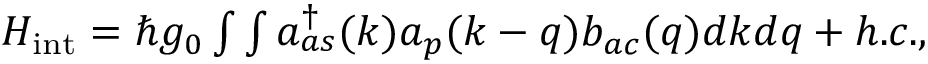
\begin{array} { r } { H _ { \mathrm { i n t } } = \hbar g _ { 0 } \int \int a _ { a s } ^ { \dagger } ( k ) a _ { p } ( k - q ) b _ { a c } ( q ) d k d q + h . c . , } \end{array}